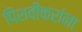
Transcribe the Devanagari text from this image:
पिशवीकरांना